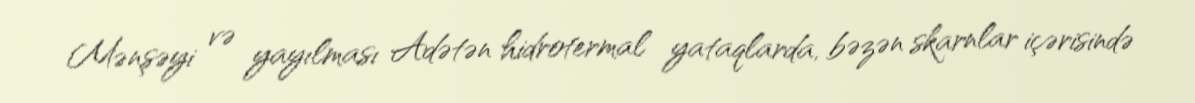
Mənşəyi və yayılması Adətən hidrotermal yataqlarda, bəzən skarnlar içərisində